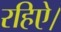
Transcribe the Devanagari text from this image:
रहिऐ।